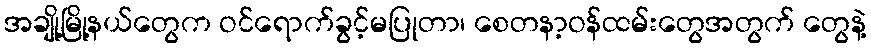
အချို့မြို့နယ်တွေက ဝင်ရောက်ခွင့်မပြုတာ၊ စေတနာ့ဝန်ထမ်းတွေအတွက် တွေနဲ့